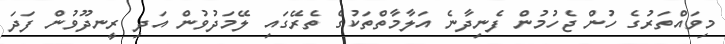
މިވައްތަރުގެ ހުން ޖެހުމުން ފެނިދާނެ އަލާމާތްތަކުގެ ތެރޭގައި ލޭމަދުވުން އަދި ރީނދޫވުން ފަދަ